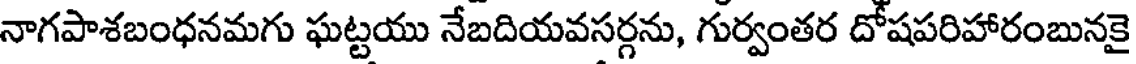
నాగపాశబంధనమగు ఘట్టయు నేబదియవసర్గను, గుర్వంతర దోషపరిహారంబునకై